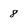
Character: 8